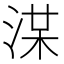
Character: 𣷞